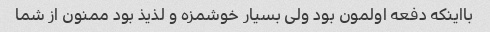
بااینکه دفعه اولمون بود ولی بسیار خوشمزه و لذیذ بود ممنون از شما